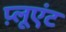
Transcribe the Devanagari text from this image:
प़्लूएंट